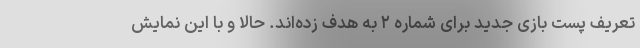
تعریف پست بازی جدید برای شماره ۲ به هدف زده‌اند. حالا و با این نمایش